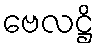
ဗေလဋ္ဌိ